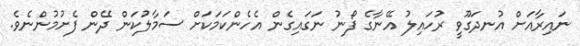
ނައިރާއަށް އުނދަގޫވީ ރުހައިލު އޭނާގެ ފޯނު ނަގައިގެން އެހެންކަމަކަށް ސަމާލުކަން ދޭން ފެށުމުންނެވެ.